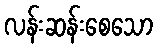
လန်းဆန်းစေသော